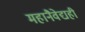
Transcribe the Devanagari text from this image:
महानैवेद्यही